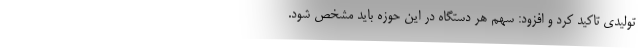
تولیدی تاکید کرد و افزود: سهم هر دستگاه در این حوزه باید مشخص شود.